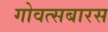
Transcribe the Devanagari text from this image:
गोवत्सबारस